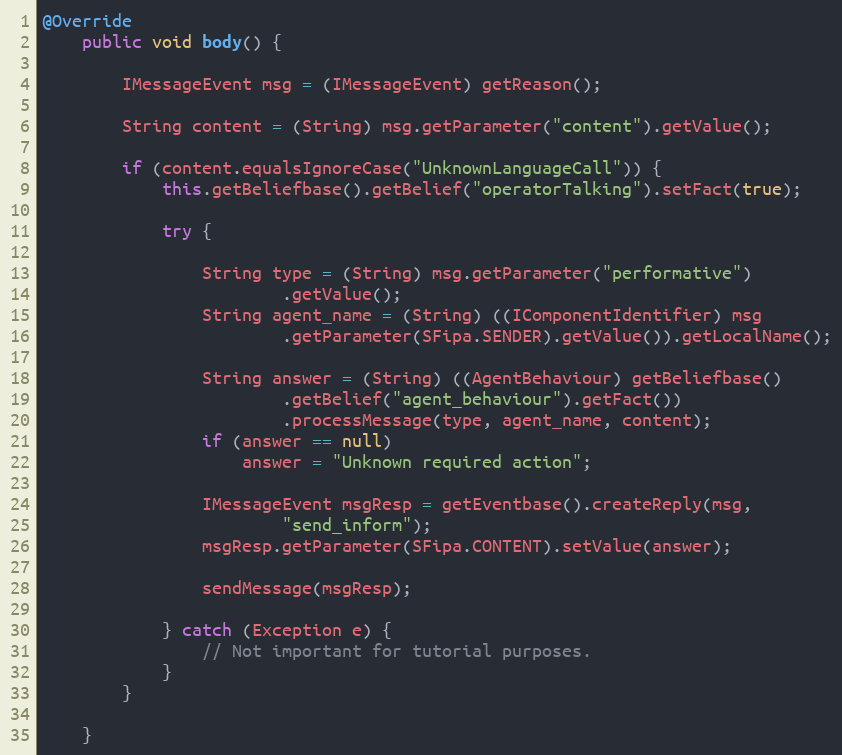
Language: Java
@Override
	public void body() {

		IMessageEvent msg = (IMessageEvent) getReason();

		String content = (String) msg.getParameter("content").getValue();

		if (content.equalsIgnoreCase("UnknownLanguageCall")) {
			this.getBeliefbase().getBelief("operatorTalking").setFact(true);

			try {

				String type = (String) msg.getParameter("performative")
						.getValue();
				String agent_name = (String) ((IComponentIdentifier) msg
						.getParameter(SFipa.SENDER).getValue()).getLocalName();

				String answer = (String) ((AgentBehaviour) getBeliefbase()
						.getBelief("agent_behaviour").getFact())
						.processMessage(type, agent_name, content);
				if (answer == null)
					answer = "Unknown required action";

				IMessageEvent msgResp = getEventbase().createReply(msg,
						"send_inform");
				msgResp.getParameter(SFipa.CONTENT).setValue(answer);

				sendMessage(msgResp);

			} catch (Exception e) {
				// Not important for tutorial purposes.
			}
		}

	}